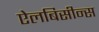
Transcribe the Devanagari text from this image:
ऐलबिसीन्स